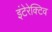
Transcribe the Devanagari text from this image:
इंटेरेक्टिव